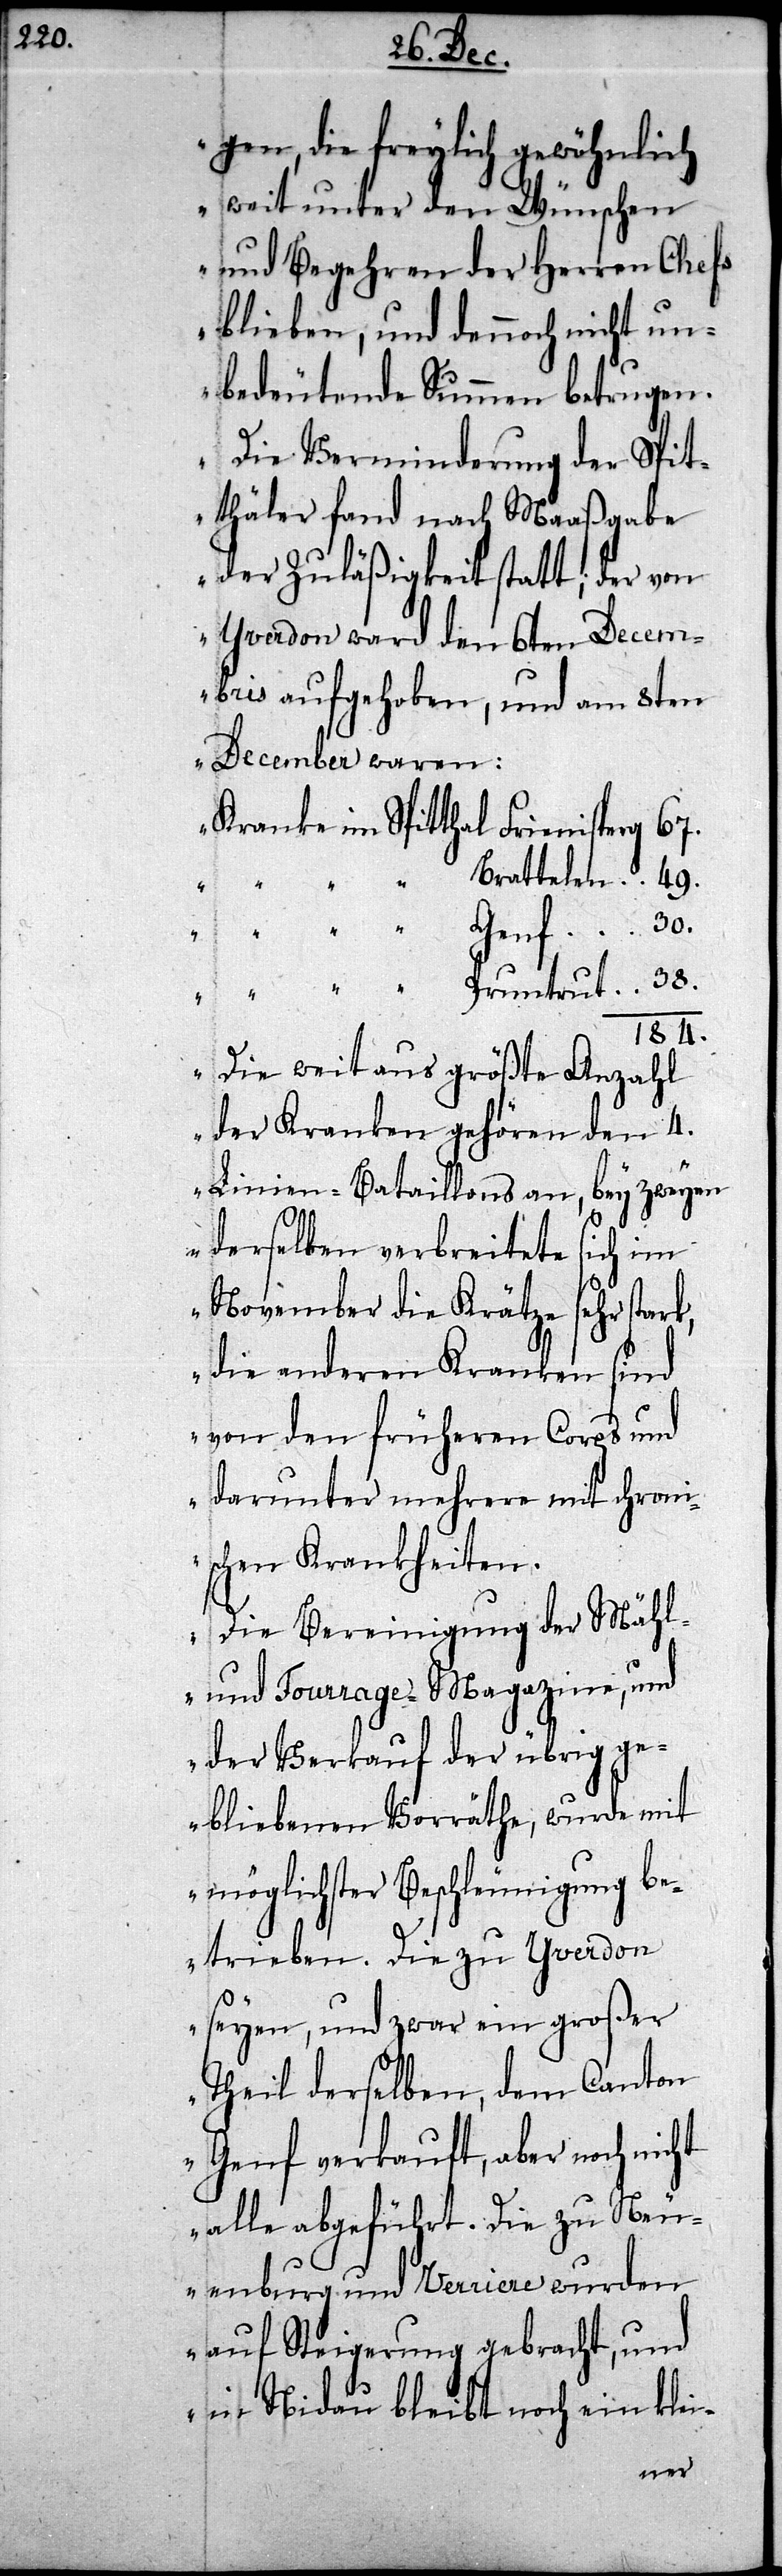
gen, die freylich gewöhnlich
weit unter den Wünschen
und Begehren der Herren Chefs
blieben, und dennoch nicht un¬
bedeutende Summen betrugen.
Die Verminderung der Spit¬
thäler fand nach Maaßgabe
der Zuläßigkeit statt; der von
Yverdon ward den 6ten Decem¬
ber aufgehoben, und am 8ten
December waren:
Kranke im Spitthal	Frienisberg	67.
Brattelen	49.
184.
Die weitaus größte Anzahl
der Kranken gehören den 4.
Linien-Bataillons an, bey zweyen
derselben verbreitete sich im
November die Krätze sehr stark,
die anderen Kranken sind
von den früheren Corps und
darunter mehrere mit chron¬
ischen Krankheiten.
Die Bereinigung der Mähl-
und Fourrage-Magazine, und
der Verkauf der übrig ge¬
bliebenen Vorräthe, wurde mit
möglichster Beschleunigung be¬
trieben. Die zu Yverdon
seyen, und zwar ein großer
Theil derselben, dem Canton
Genf verkauft, aber noch nicht
alle abgeführt. Die zu Neu¬
enburg und Verriere wurden
auf Steigerung gebracht, und
in Nidau bleibt noch ein klei-